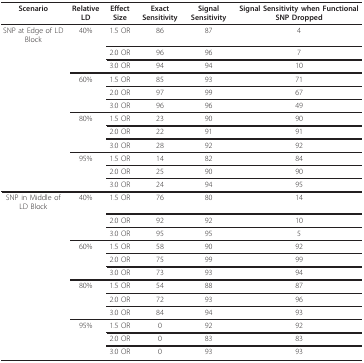
| Scenario | Relative LD | Effect Size | Exact Sensitivity | Signal Sensitivity | Signal Sensitivity when Functional SNP Dropped |
 | --- | --- | --- | --- | --- | --- |
 | SNP at Edge of LD Block | 40% | 1.5 OR | 86 | 87 | 4 |
 |  |  | 2.0 OR | 96 | 96 | 7 |
 |  |  | 3.0 OR | 94 | 94 | 10 |
 |  | 60% | 1.5 OR | 85 | 93 | 71 |
 |  |  | 2.0 OR | 97 | 99 | 67 |
 |  |  | 3.0 OR | 96 | 96 | 49 |
 |  | 80% | 1.5 OR | 23 | 90 | 90 |
 |  |  | 2.0 OR | 22 | 91 | 91 |
 |  |  | 3.0 OR | 28 | 92 | 92 |
 |  | 95% | 1.5 OR | 14 | 82 | 84 |
 |  |  | 2.0 OR | 25 | 90 | 90 |
 |  |  | 3.0 OR | 24 | 94 | 95 |
 | SNP in Middle of LD Block | 40% | 1.5 OR | 76 | 80 | 14 |
 |  |  | 2.0 OR | 92 | 92 | 10 |
 |  |  | 3.0 OR | 95 | 95 | 5 |
 |  | 60% | 1.5 OR | 58 | 90 | 92 |
 |  |  | 2.0 OR | 75 | 99 | 99 |
 |  |  | 3.0 OR | 73 | 93 | 94 |
 |  | 80% | 1.5 OR | 54 | 88 | 87 |
 |  |  | 2.0 OR | 72 | 93 | 96 |
 |  |  | 3.0 OR | 84 | 94 | 93 |
 |  | 95% | 1.5 OR | 0 | 92 | 92 |
 |  |  | 2.0 OR | 0 | 83 | 83 |
 |  |  | 3.0 OR | 0 | 93 | 93 |